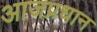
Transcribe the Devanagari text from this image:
आजप्रधान